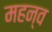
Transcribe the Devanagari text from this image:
महन्व